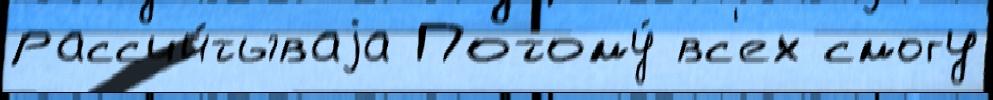
рассчи́тываjа Потому́ вс'ех смогу